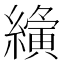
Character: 𮉍